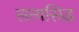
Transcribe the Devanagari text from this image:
सत्यसिद्ध